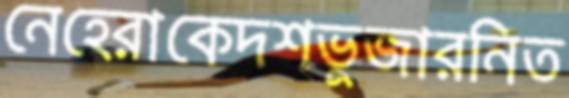
নেহেরাকেদশভুজারনিত